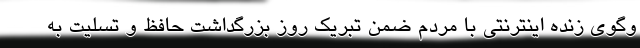
وگوی زنده اینترنتی با مردم ضمن تبریک روز بزرگداشت حافظ و تسلیت به